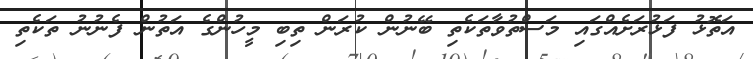
އަތޮޅު ފަޅުރަށެއްގައި މަސްތުވާތަކެތި ބޭނުން ކުރަން ތިބި މީހުންގެ އަތުން ފެނުނު ތަކެތި